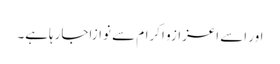
اور اسے اعزازو اکرام سے نوازاجارہاہے۔